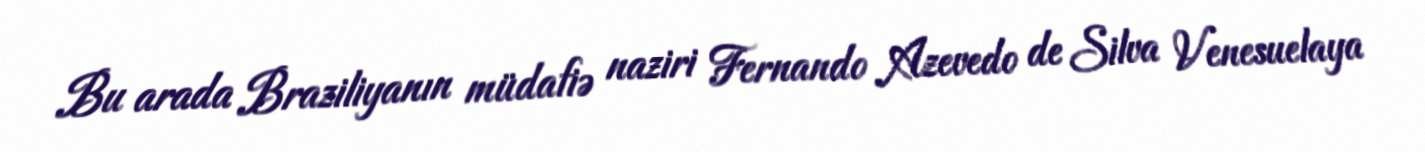
Bu arada Braziliyanın müdafiə naziri Fernando Azevedo de Silva Venesuelaya